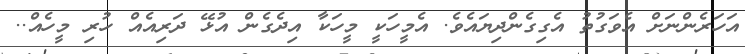
އަހަރެންނަށް އެވަގުތު އެގިގެންދިޔައެވެ. އެމީހަކީ މީހަކާ އިދެގެން އުޅޭ ދަރިއެއް ހުރި މީހެއް..